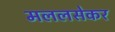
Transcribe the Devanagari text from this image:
मललसेकर